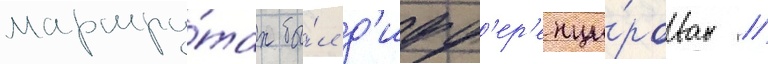
маршру́тах бы́л д'ифф'ер'енци́рован //